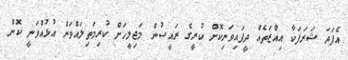
އެފަދަ ޝަރަފަކާ އިއްޒަތެއް ދީފައިވަނިކޮށް ކުރީގެ ރައީސުން މަޖިލީހަށް ކުރިމަތިލައްވަން އުޅުއްވަނީ ކޮން